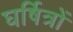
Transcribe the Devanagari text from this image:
घर्षित्रों